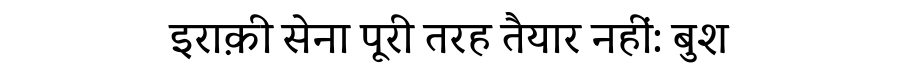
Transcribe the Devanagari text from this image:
इराक़ी सेना पूरी तरह तैयार नहीं: बुश